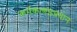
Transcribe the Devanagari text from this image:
कर्मकाणडप्रधान